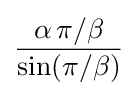
{\alpha \,\pi /\beta  \over \sin(\pi /\beta )}